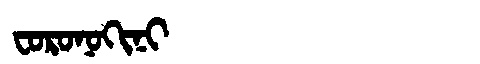
Manchu: ᠸᠣᡵᠣᠨᠣᡴᡳᠨᡳ
Romanization: FORONOKINI